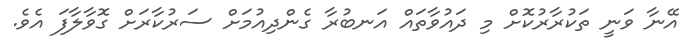
އޭނާ ވަނީ ތަކުރާރުކޮށް މި ދައުވާތައް އަނބުރާ ގެންދިއުމަށް ސަރުކާރަށް ގޮވާލާފަ އެވެ.